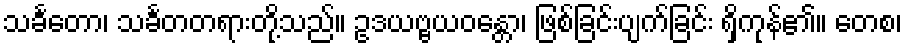
သင်္ခတော၊ သင်္ခတတရားတို့သည်။ ဥဒယဗ္ဗယဝန္တော၊ ဖြစ်ခြင်းပျက်ခြင်း ရှိကုန်၏။ တေစ၊